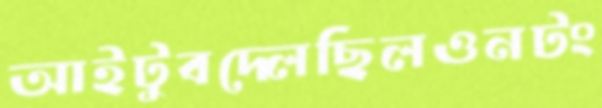
আইটুবদ্‌লেছিলওনটং